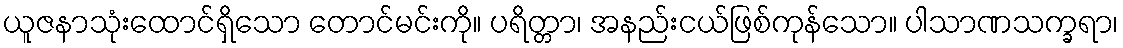
ယူဇနာသုံးထောင်ရှိသော တောင်မင်းကို။ ပရိတ္တာ၊ အနည်းငယ်ဖြစ်ကုန်သော။ ပါသာဏသက္ခရာ၊